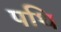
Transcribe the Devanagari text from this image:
पथि